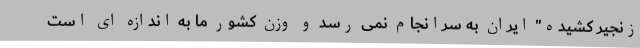
زنجیر کشیده" ایران به سرانجام نمی رسد و وزن کشور ما به اندازه ای است